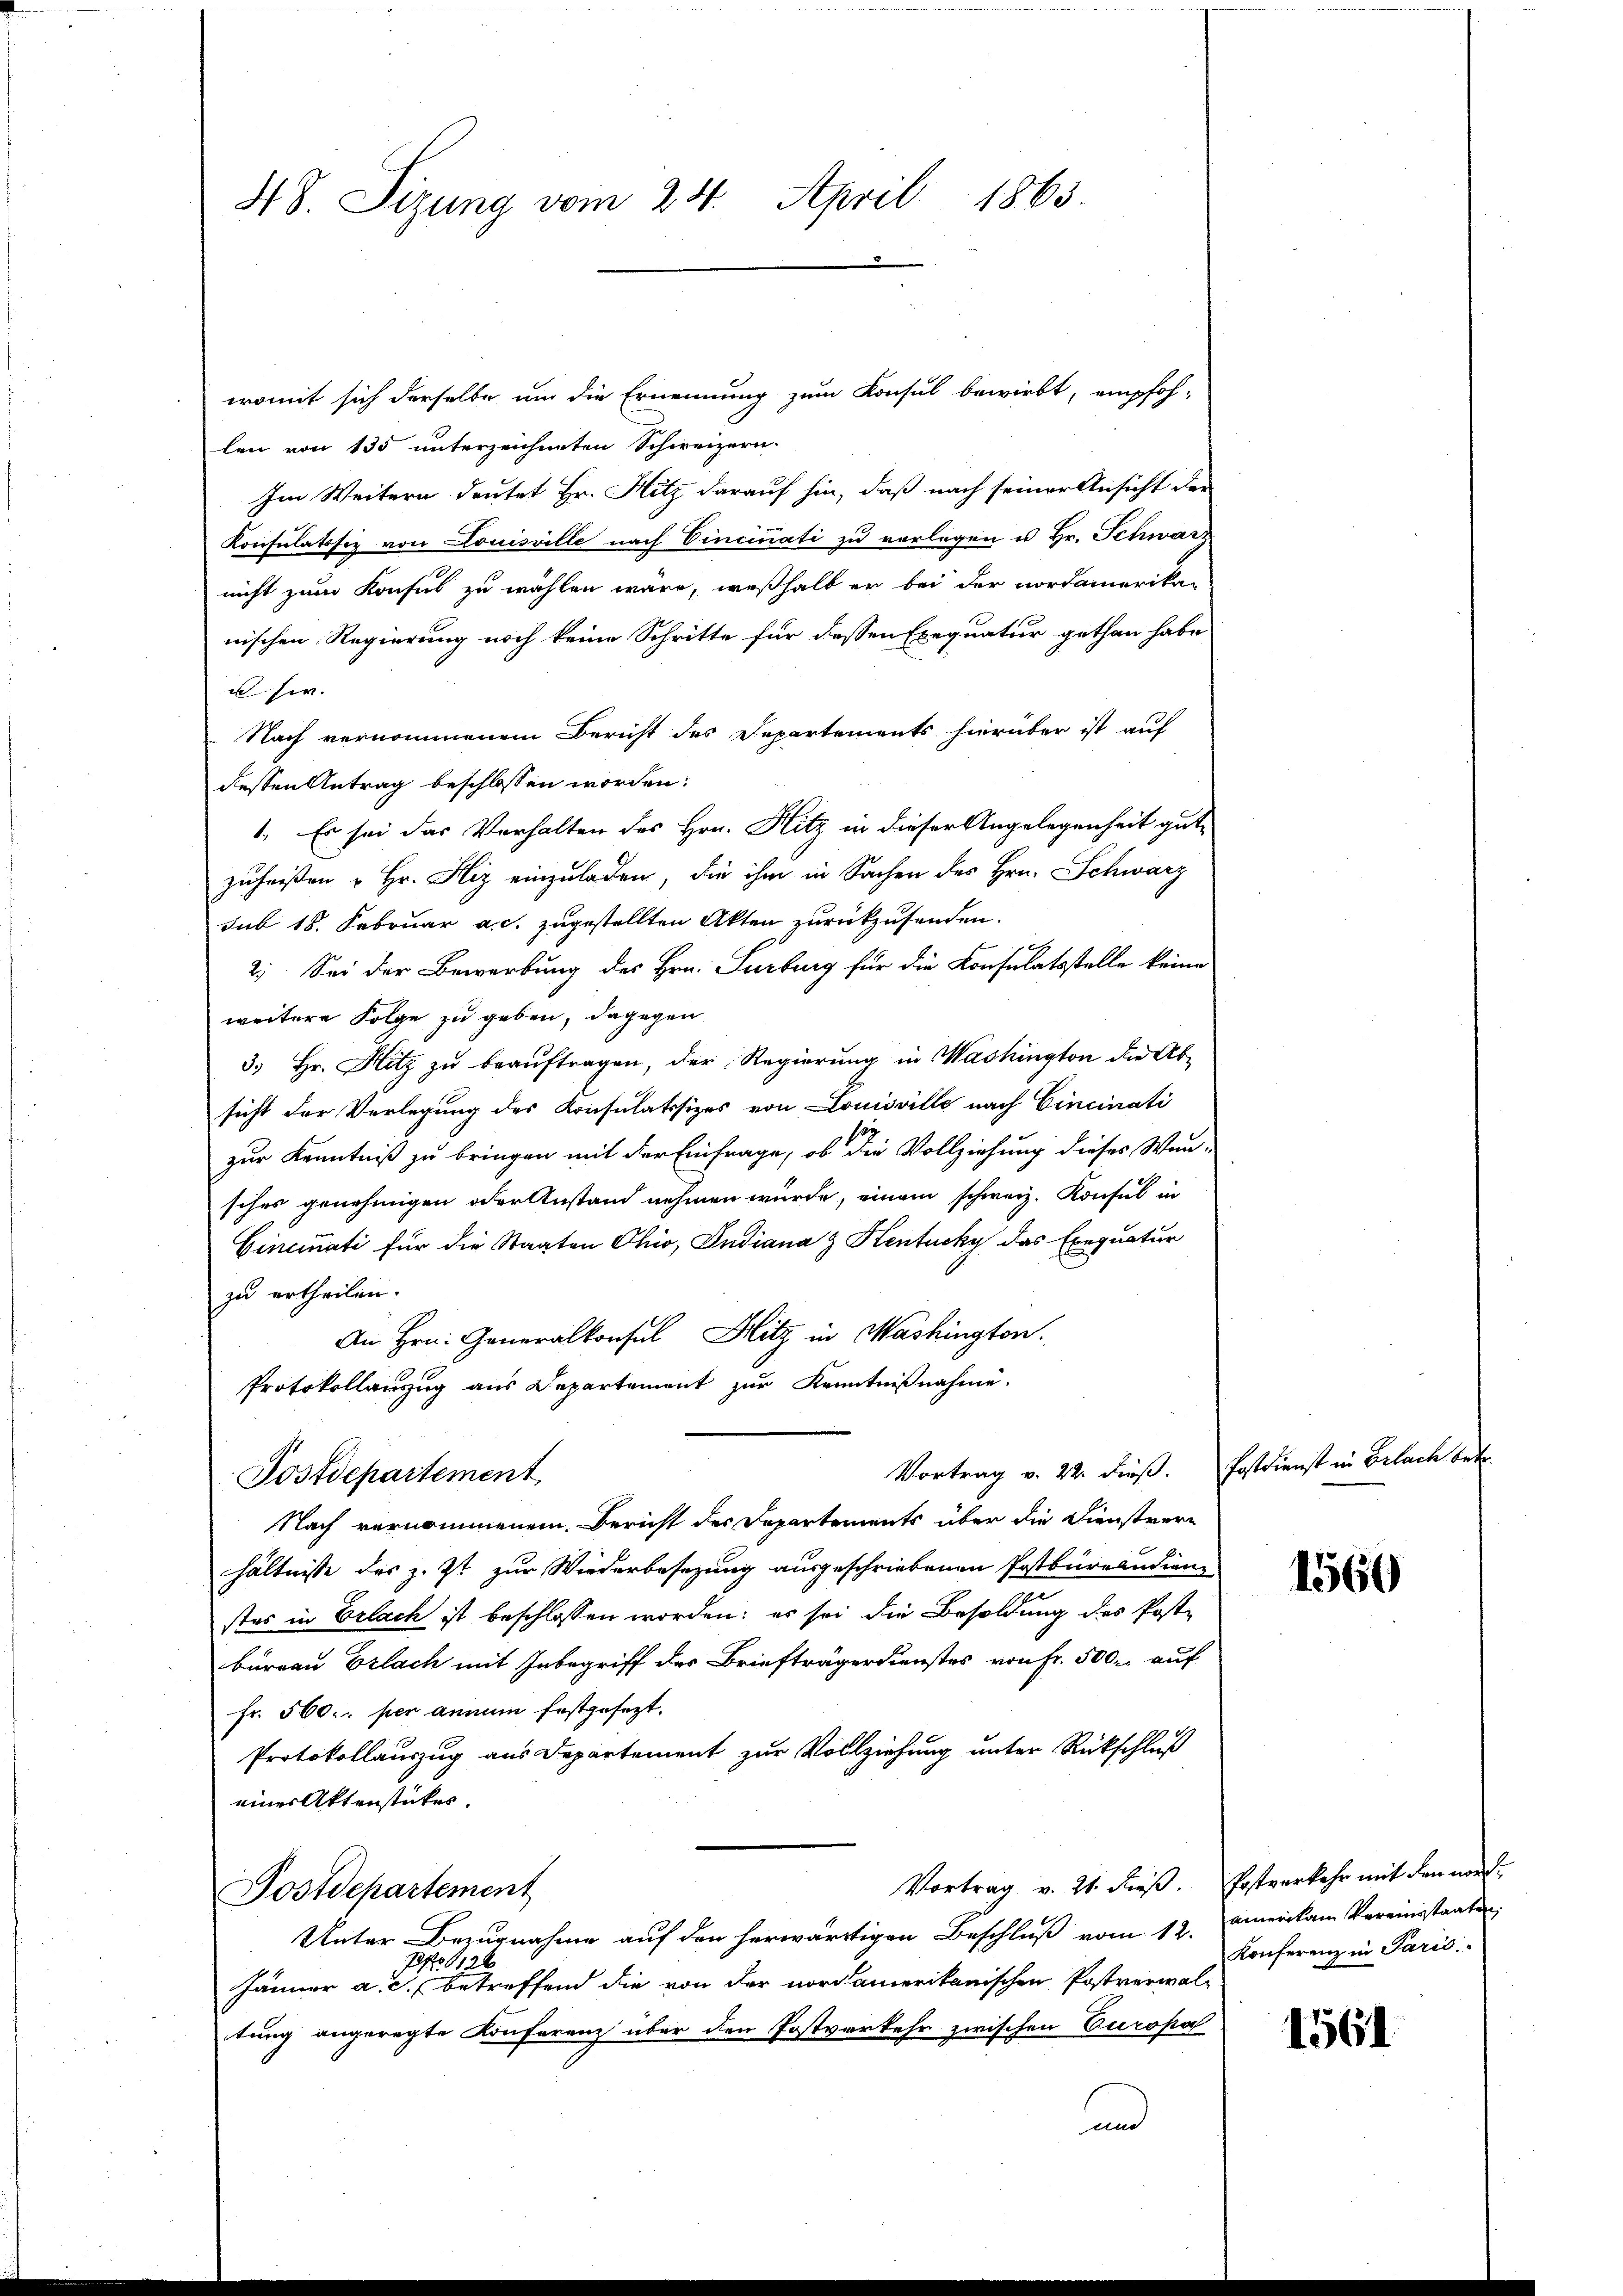
48. Sizung vom 24. April 1863.

womit sich derselbe um die Ernennung zum Konsul bewirbt, empfoh-
len von 135 unterzeichneten Schweizern.
Im Weitern deutet Hr. Hitz darauf hin, daß nach seiner Ansicht der
Konsulatssez von Louisville nach Vincinati zu vorlegen u Hr. Schwarz
nicht zum Konsus zu wählen wäre, weßhalb er bei der nordamerikan
nischen Regierung noch keine Schritte für dessen Exequatur gethan habe
 hir.
Nach vernommenem Bericht des Departements hierüber ist auf
dessen Antrag beschlossen worden:
1. Es sei das Verhalten des Hrn. Hitz in dieser Angelegenheit gut,
zuheißen u Hr. Hiz einzuladen, die ihm in Sachen des Hrn. Schwarz
sub 18. Februar a. c. zugestellten Akten zurückzusenden.
2) Sei der Bewerbung des Hrn. Surburg für die Konsulatsstelle keine
weitere Folge zu geben, dagegen
3. Hr. Hitz zŭ beaŭftragen, der Regierung in Washington die Absicht der Verlegung des Konsulatssizes von Louisville nach Cincinati
zur Kenntniß zu bringen mit der Einfrage, ob die Vollziehung dieses Wun-
sches genehmigen oder Anstand nehmen würde, einem schweiz. Konsul in
Cincinati für die Staaten Ohio, Indiana & Hentucky das Exequatur
zu ertheilen.
An Hrn. Generalkonsul Hitz in Washington.
Protokollauszug aus Departement zur Kenntnißnahme.
Vortrag v. 22. dieß.
Postdepartement
Nach vernommenem Bericht der Departements über die Dienstverhältnisse des z. Zt. zur Wiederbesezung ausgeschriebenen Postbureaudien
stes in Erlach ist beschlossen worden; es sei die Besoldung des Poste
bureau Erlach mit Inbegriff des Briefträgerdienstes von Fr. 500. auf
fr. 560. per annum festgesezt.
.
Protokollauszug aus Departement zur Vollziehung unter Rückschluß
eines Aktenstückes.
Postdepartement
Unter Bezugnahme auf den herwärtigen Beschluß vom 12.
7 f 12 x
Jänner a. c. betreffend die von der nordamerikanischen Postverwaltung angeregte Konferenz über den Postverkehr zwischen Europa
und

Vortrag v. 21. dieß. Postverkehr mit den nord-

Postdienst in Belach betr

1560

ainer kam vereinstaaten
Konferenz in Paris

1561